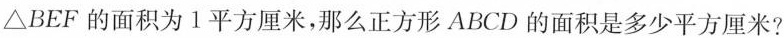
△BEF的面积为1平方厘米，那么正方形ABCD的面积是多少平方厘米?